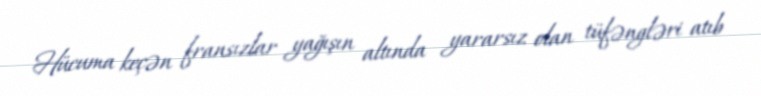
Hücuma keçən fransızlar yağışın altında yararsız olan tüfəngləri atıb